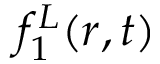
f _ { 1 } ^ { L } ( r , t )